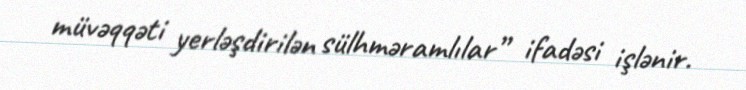
müvəqqəti yerləşdirilən sülhməramlılar” ifadəsi işlənir.